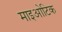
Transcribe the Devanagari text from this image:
माइओटिक